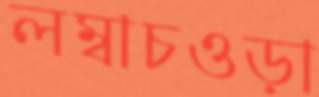
লম্বাচওড়া